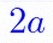
2a